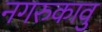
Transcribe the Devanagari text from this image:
नगरुकावु